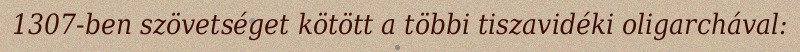
1307-ben szövetséget kötött a többi tiszavidéki oligarchával: